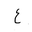
Letter: _ayn